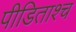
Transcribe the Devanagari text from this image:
पीडिताश्च